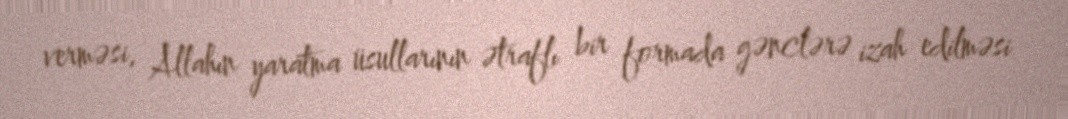
verməsi, Allahın yaratma üsullarının ətraflı bir formada gənclərə izah edilməsi